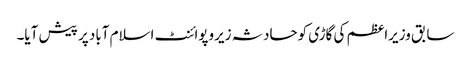
سابق وزیراعظم کی گاڑی کوحادثہ زیروپوائنٹ اسلام آباد پر پیش آیا۔